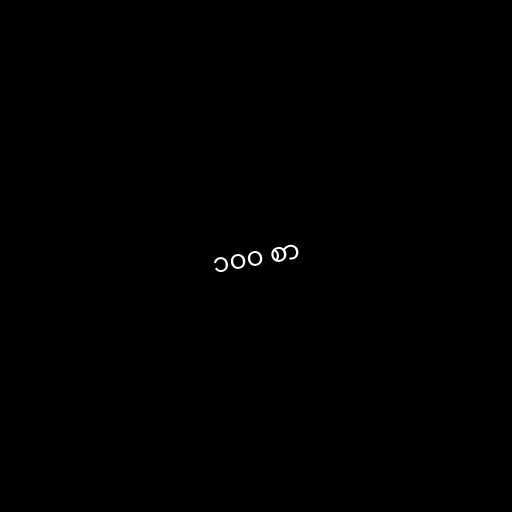
၁၀၀ စာ